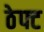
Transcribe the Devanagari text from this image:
ठेफ्ट